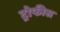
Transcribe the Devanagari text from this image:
ट्रोफीस